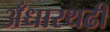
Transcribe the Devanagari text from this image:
अँधारथढी